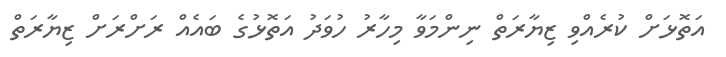
އަތޮޅަށް ކުރެއްވި ޒިޔާރަތް ނިންމަވާ މިހާރު ހުވަދު އަތޮޅުގެ ބައެއް ރަށްރަށް ޒިޔާރަތް